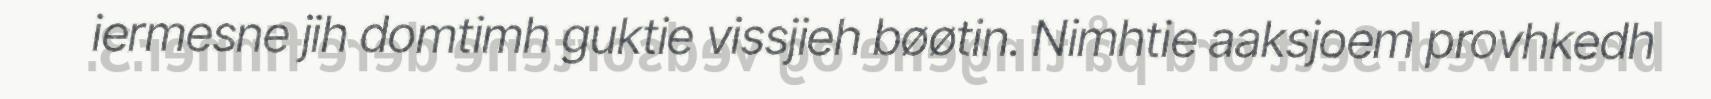
iermesne jih domtimh guktie vissjieh bøøtin. Nimhtie aaksjoem provhkedh